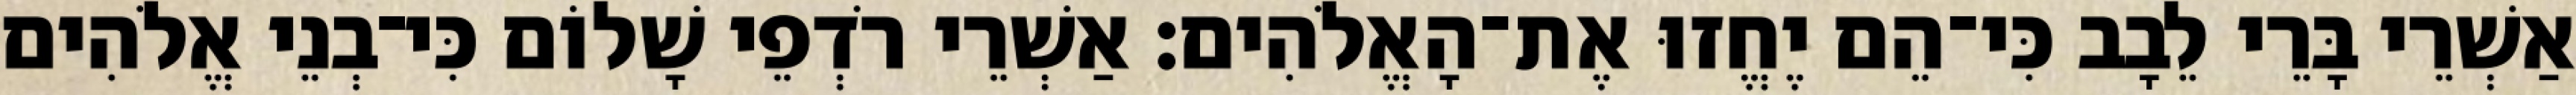
אַשְׁרֵי בָּרֵי לֵבָב כִּי־הֵם יֶחֱזוּ אֶת־הָאֱלֹהִים׃ אַשְׁרֵי רֹדְפֵי שָׁלוֹם כִּי־בְנֵי אֱלֹהִים